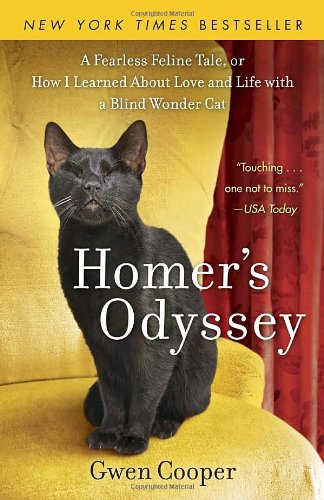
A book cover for Homer's Odyssey: A Fearless Feline Tale, or How I Learned about Love and Life with a Blind Wonder Cat; Gwen Cooper; Crafts, Hobbies & Home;